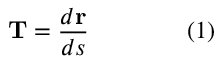
\mathbf { T } = { \frac { d \mathbf { r } } { d s } } \qquad \qquad ( 1 )